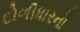
દોળીધારનો